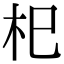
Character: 𣏌